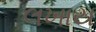
લખાય